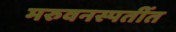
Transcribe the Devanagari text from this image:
मरुवनस्पतींत